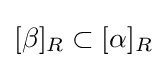
[\beta ]_{R}\subset [\alpha ]_{R}